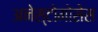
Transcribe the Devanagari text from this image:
अनेस्टोमोसेस